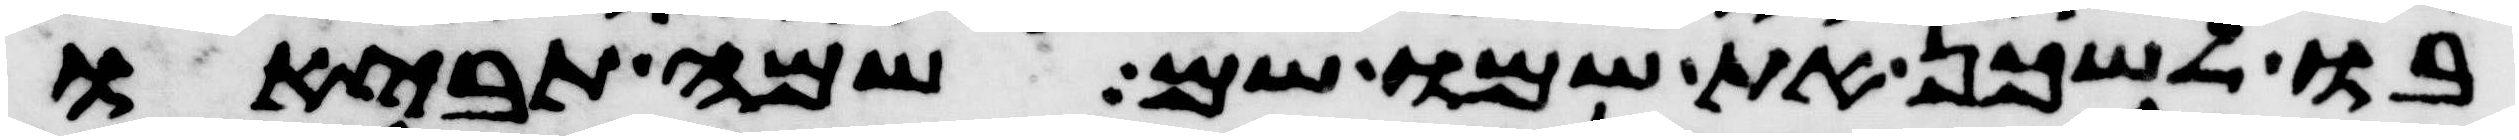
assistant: בו לשכן את שמו שם שמה תביאו